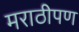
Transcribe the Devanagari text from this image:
मराठीपण